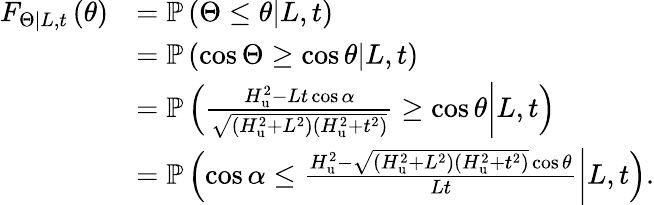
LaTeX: \begin{array}{rl}{F_{\left.\Theta\right|L,t}\left(\theta\right)}&{=\mathbb{P}\left(\left.\Theta\le\theta\right|L,t\right)}\\ &{=\mathbb{P}\left(\left.\cos\Theta\ge\cos\theta\right|L,t\right)}\\ &{=\mathbb{P}\left(\left.\frac{H_{\mathrm{u}}^{2}-Lt\cos\alpha}{\sqrt{\left(H_{\mathrm{u}}^{2}+L^{2}\right)\left(H_{\mathrm{u}}^{2}+t^{2}\right)}}\ge\cos\theta\right|L,t\right)}\\ &{=\mathbb{P}\left(\left.\cos\alpha\le\frac{H_{\mathrm{u}}^{2}-\sqrt{\left(H_{\mathrm{u}}^{2}+L^{2}\right)\left(H_{\mathrm{u}}^{2}+t^{2}\right)}\cos\theta}{Lt}\right|L,t\right).}\end{array}